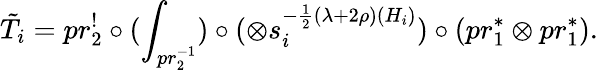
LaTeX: \tilde{T}_{i}=pr_{2}^{!}\circ(\int_{pr_{2}^{-1}})\circ(\otimes s_{i}^{-\frac{1}{2}(\lambda+2\rho)(H_{i})})\circ(pr_{1}^{\ast}\otimes pr_{1}^{\ast}).